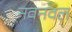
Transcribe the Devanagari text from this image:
नवनवल